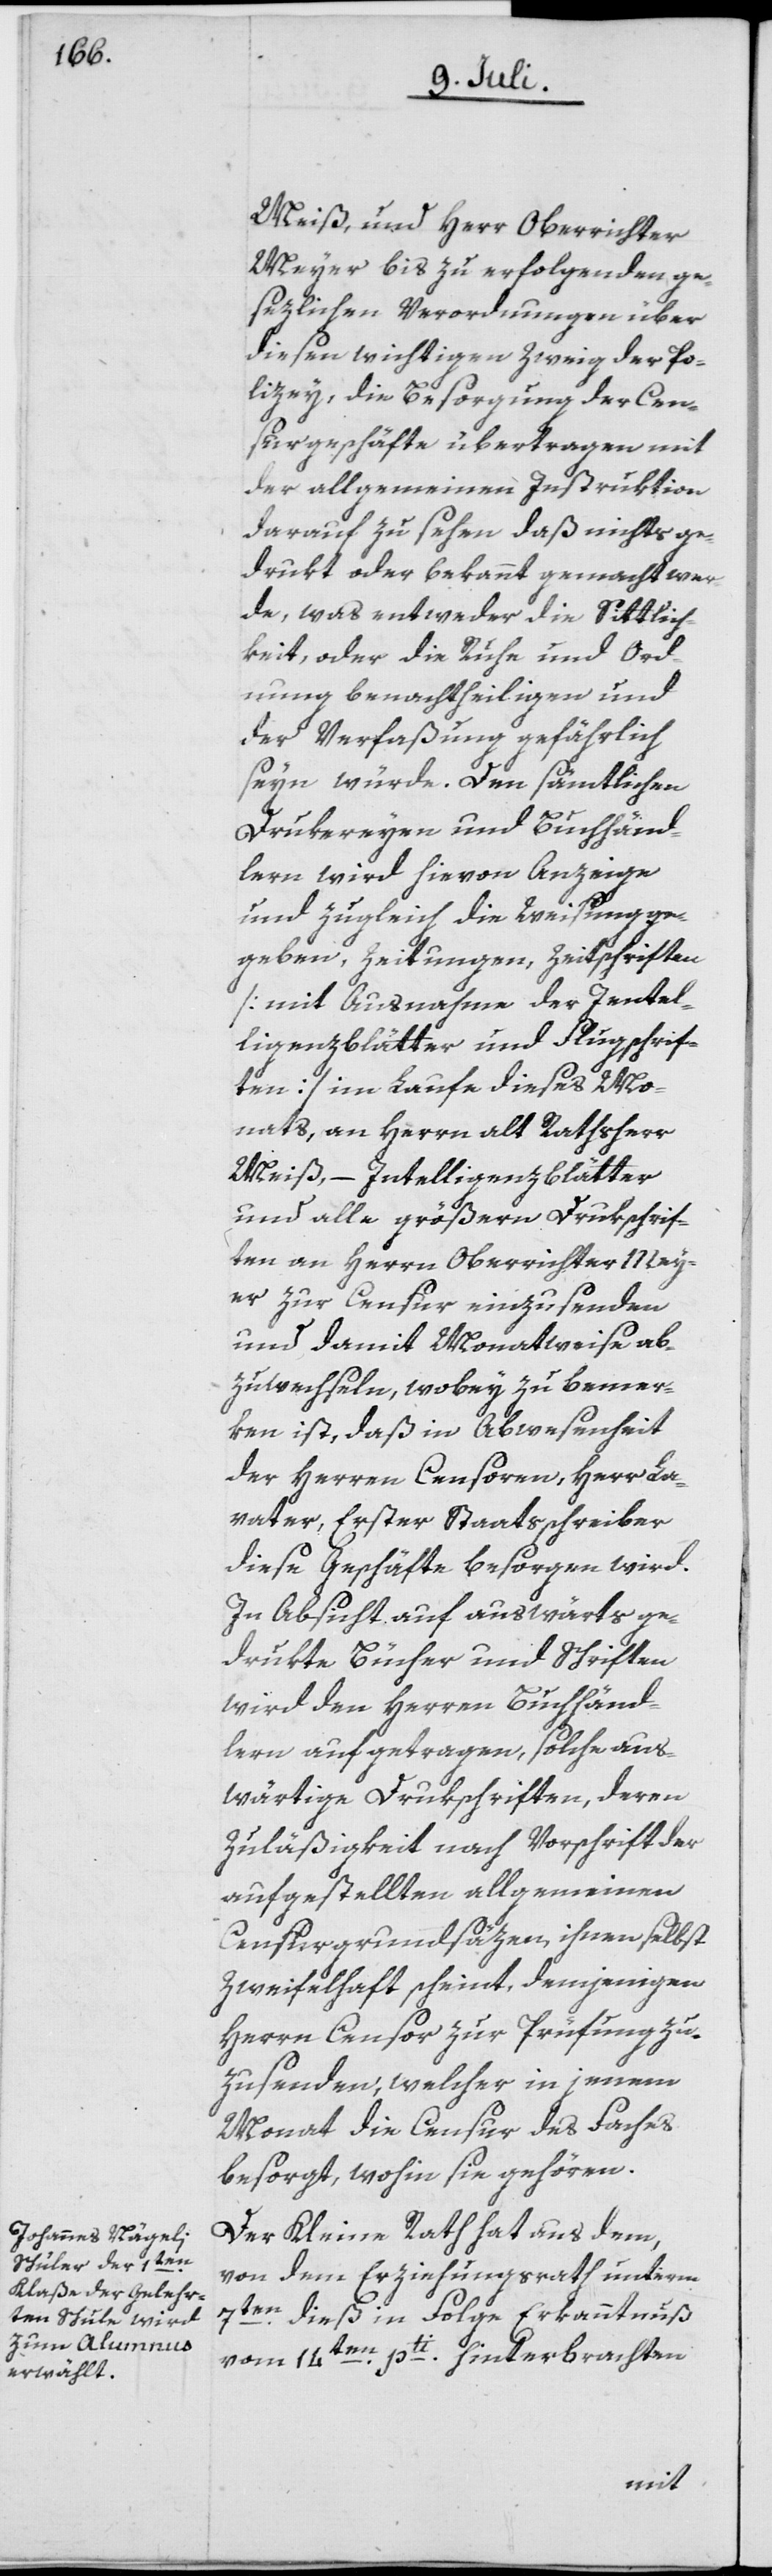
Meiß, und Herr Oberrichter
Meyer bis zu erfolgenden ge¬
sezlichen Verordnungen über
diesen wichtigen Zweig der Po¬
lizey, die Besorgung der Cen¬
surgeschäfte übertragen mit
der allgemeinen Instruktion
darauf zu sehen daß nichts ge¬
drukt oder bekannt gemacht wer¬
de, was entweder die Sittlich¬
keit, oder die Ruhe und Ord¬
nung benachtheiligen und
der Verfaßung gefährlich
seyn würde. Den sämtlichen
Drukereyen und Buchhänd¬
lern wird hievon Anzeige
und zugleich die Weisung ge¬
geben, Zeitungen, Zeitschriften
[mit Ausnahme der Ientel¬
ligenzblätter [sic!] und Flugschrif¬
ten] im Laufe dieses Mo¬
nats, an Herrn alt Rathsherr
Meiß, – Intelligenzblätter
und alle größern Drukschrif¬
ten an Herrn Oberrichter Mey¬
er zur Censur einzusenden
und damit Monatweise ab¬
zuwechseln, wobey zu bemer¬
ken ist, daß in Abwesenheit
der Herren Censoren, Herr La¬
vater, Erster Staatsschreiber
diese Geschäfte besorgen wird.
In Absicht auf auswärts ge¬
drukte Bücher und Schriften
wird den Herren Buchhänd¬
lern aufgetragen, solche aus¬
wärtige Drukschriften, deren
Zuläßigkeit nach Vorschrift der
aufgestellten allgemeinen
Censurgrundsäzen ihnen selbst
zweifelhaft scheint, demjenigen
Herrn Censor zur Prüfung zu¬
zusenden, welcher in jenem
Monat die Censur des Faches
besorgt, wohin sie gehören.
Der Kleine Rath hat aus dem,
von dem Erziehungsrath unterm
7ten dieß in Folge Erkanntnuß
vom 14ten pti hinterbrachten